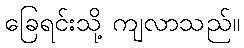
ခြေရင်းသို့ ကျလာသည်။